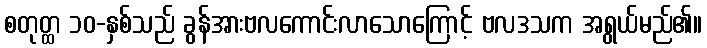
စတုတ္ထ ၁၀-နှစ်သည် ခွန်အားဗလကောင်းလာသောကြောင့် ဗလဒသက အရွယ်မည်၏။